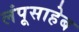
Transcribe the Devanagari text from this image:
लंपूसाहेब